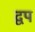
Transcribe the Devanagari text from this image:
द्वप